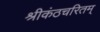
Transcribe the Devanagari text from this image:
श्रीकंठचरितम्‌